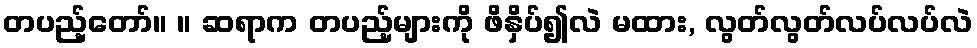
တပည့်တော်။ ။ ဆရာက တပည့်များကို ဖိနှိပ်၍လဲ မထား, လွတ်လွတ်လပ်လပ်လဲ